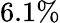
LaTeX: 6.1\%